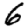
Digit: 6